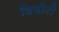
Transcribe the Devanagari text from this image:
दिदौरी